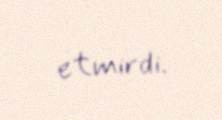
etmirdi.